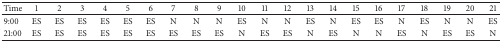
| Time | 1 | 2 | 3 | 4 | 5 | 6 | 7 | 8 | 9 | 10 | 11 | 12 | 13 | 14 | 15 | 16 | 17 | 18 | 19 | 20 | 21 |
 | --- | --- | --- | --- | --- | --- | --- | --- | --- | --- | --- | --- | --- | --- | --- | --- | --- | --- | --- | --- | --- | --- |
 | 9:00 | ES | ES | ES | ES | ES | ES | N | N | N | ES | N | N | ES | N | ES | ES | N | ES | N | N | ES |
 | 21:00 | ES | ES | ES | ES | ES | ES | ES | ES | ES | N | ES | ES | N | ES | N | N | ES | N | ES | ES | N |